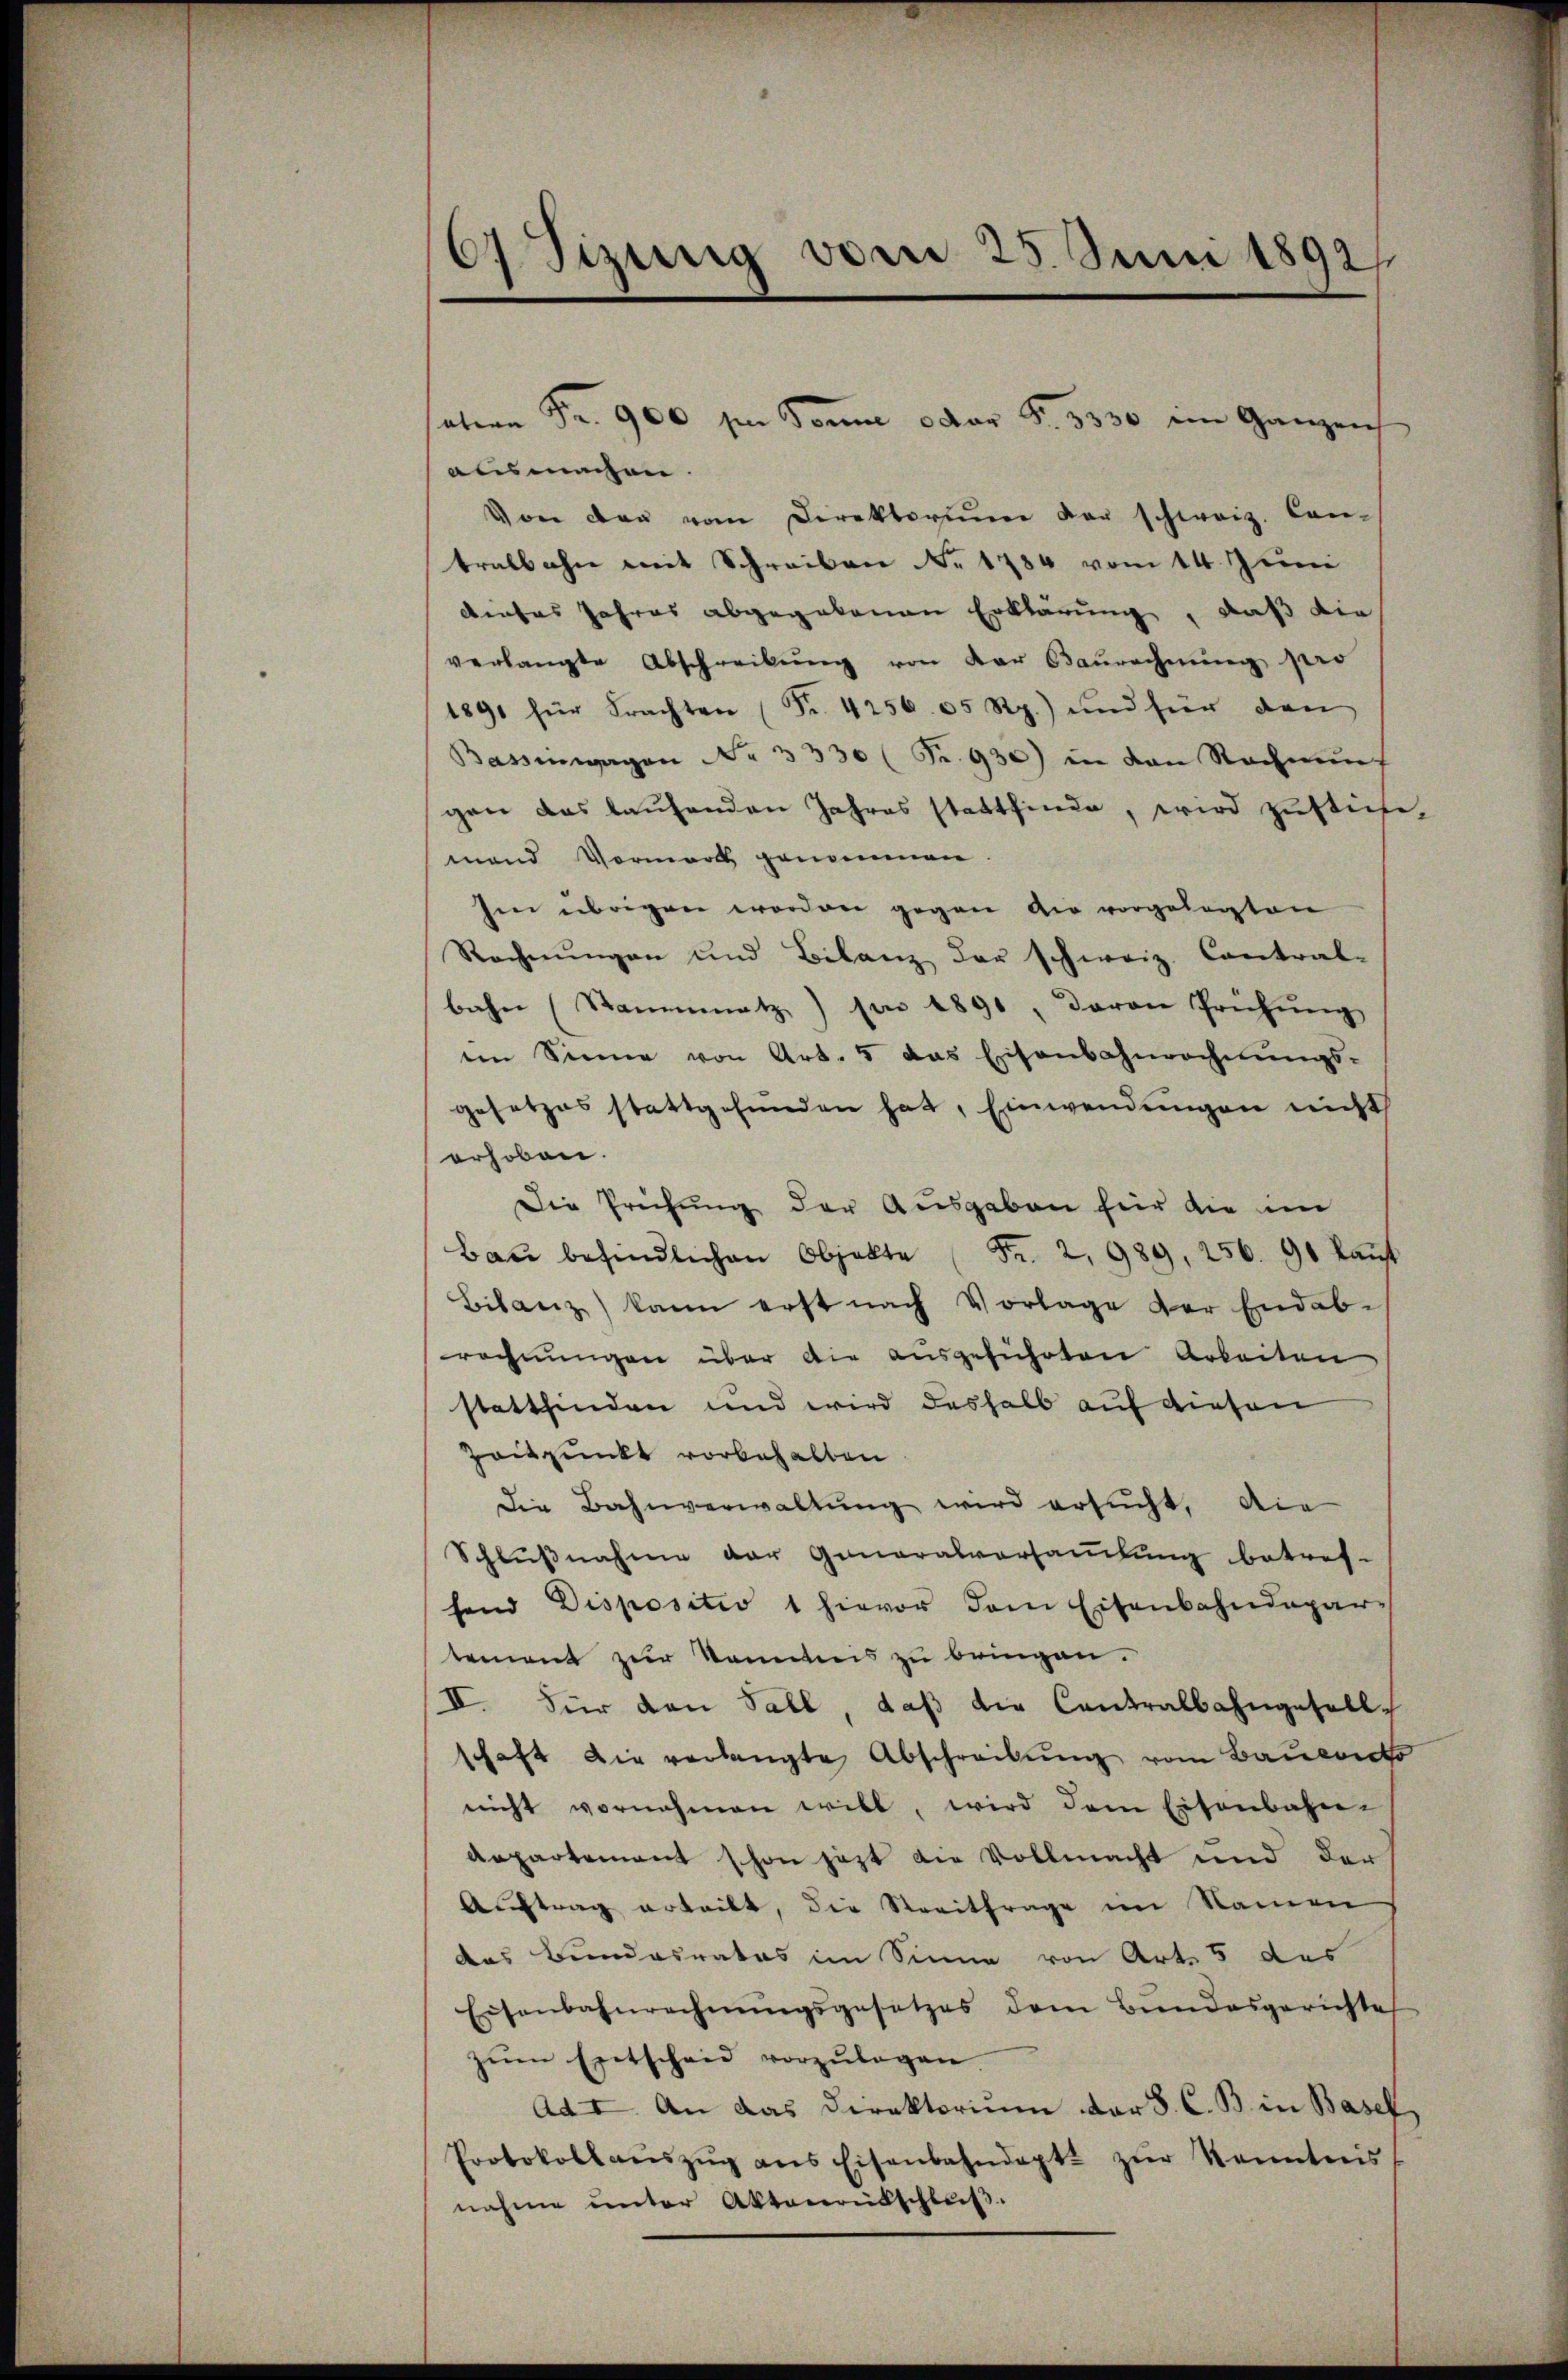
d Tizung vom 25. Juni 1892/

ausmachen.
Von der vom Direktoriŭm der schweiz. Con-
tralbahn mit Schreiben No. 1734 vom 14. Juni
dieses Jahres abgegebenen Erklärung, daß die
verlangte Abschreibŭng von der Baurechnung pro
1891 für Frachten (Fr. 4256. 65 Rp.) und für den
Bassenwagen No 3330 (Fr. 930) in den Rechnŭng
gen das laufenden Jahres stattfinde, wird zustiche
mand Vormark genommen.
Im übrigen worden gegen die vorgelegten
Rechnŭngen und Bilanz der schweiz. Contral-
bahn (Stammatz) son 1891, davon Prüfŭng
em Sinne von Art. 5 das Eisenbahnrechnungs-
gesetzes stattgefunden hat, Einwendungen nicht
erhoben.
Die Prüfung der Ausgaben für die im
Baŭ befindlichen Objekte Fr. 2, 989, 256. 91 kaŭf
Bilanz) kann erst nach Vorlage der Endab-
rechnungen über die ausgeführten Arbeiten
stattfinden und wird deshalb auf diesen
Zeitpunkt vorbehalten
die Bahnverwaltung wird ersucht, die
Schlußnahme der Generalversammlung betref-
fend Dispositio 1 hievor dem Eisenbahndepar-
tement zur Kenntnis zu bringen.
II. Für den Fall, daß die Contralbahngesell
schaft die verlangte Abschreibŭng vom Bauments
nicht vornehmen will, wird dem Eisenbahn-
departement schon jetzt die Vollmacht und der
Aŭftrag erteilt, die Streitfrage im Namen
das Bundesrates im Sinne von Art. 5 des
Eisenbahnrechnŭngsgesetzes dem Bŭndesgerichte
zŭm Entscheid vorzŭlegen
Ad I. An das Direktorium dar 8. C. B. in Basel
Protokoll aŭszŭg ans Eisenbahndapt. zŭr Kenntnis
nahme unter Aktenrütschluß.

atern Fr. 900 im Sonne oder S. 3330 im Ganzeich